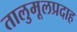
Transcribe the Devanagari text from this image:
तालुमूलप्रदाह